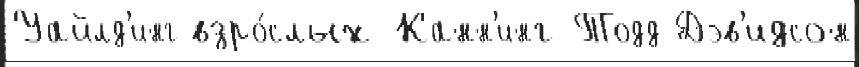
Уайлд'инг взро́слых Канн'инг-Тодд Дэв'идсон